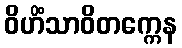
ဝိဟိံသာဝိတက္ကေန